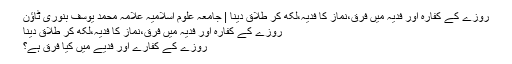
روزے کے کفارہ اور فدیہ میں فرق،نماز کا فدیہ،لکھ کر طلاق دینا | جامعہ علوم اسلامیہ علامہ محمد یوسف بنوری ٹاؤن
روزے کے کفارہ اور فدیہ میں فرق،نماز کا فدیہ،لکھ کر طلاق دینا
روزے کے کفارے اور فدیے میں کیا فرق ہے؟